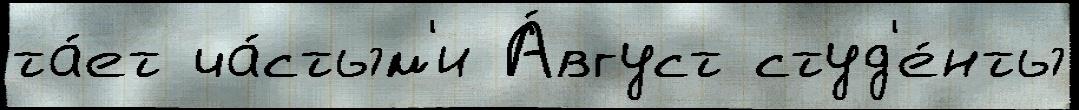
та́ет ча́стым'и А́вгуст студ'е́нты